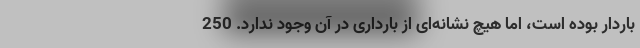
باردار بوده است، اما هیچ نشانه‌ای از بارداری در آن وجود ندارد. 250